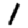
Digit: 1